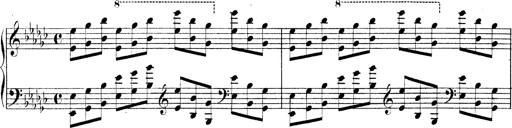
Title: Technische Studien
Composer: Franz Liszt